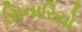
સિનારિયો